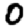
Digit: 0